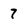
Character: 7